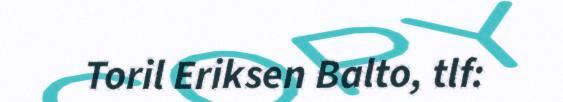
Toril Eriksen Balto, tlf: